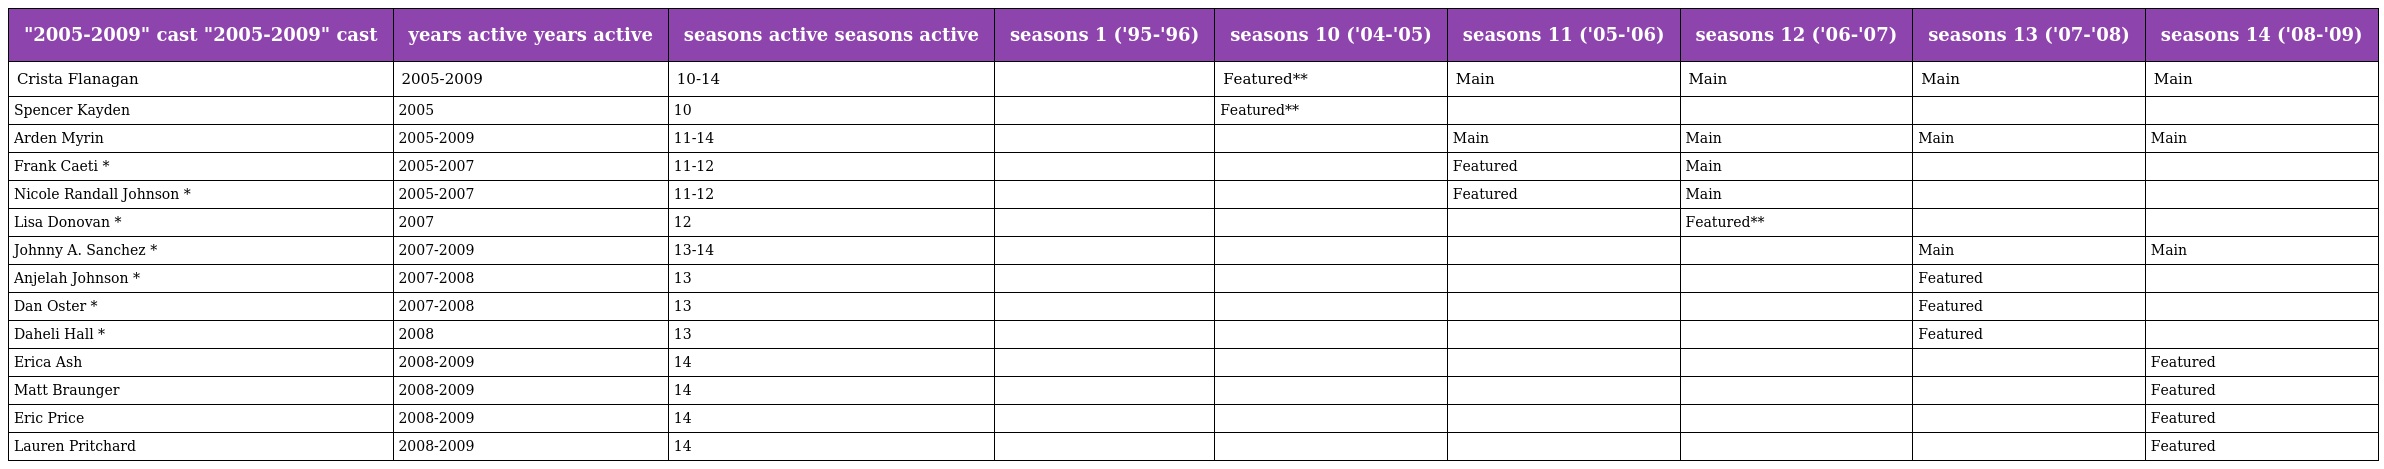
| "2005-2009" cast "2005-2009" cast | years active years active | seasons active seasons active | seasons 1 ('95-'96) | seasons 10 ('04-'05) | seasons 11 ('05-'06) | seasons 12 ('06-'07) | seasons 13 ('07-'08) | seasons 14 ('08-'09) |
 | --- | --- | --- | --- | --- | --- | --- | --- | --- |
 | Crista Flanagan | 2005-2009 | 10-14 |  | Featured** | Main | Main | Main | Main |
 | Spencer Kayden | 2005 | 10 |  | Featured** |  |  |  |  |
 | Arden Myrin | 2005-2009 | 11-14 |  |  | Main | Main | Main | Main |
 | Frank Caeti * | 2005-2007 | 11-12 |  |  | Featured | Main |  |  |
 | Nicole Randall Johnson * | 2005-2007 | 11-12 |  |  | Featured | Main |  |  |
 | Lisa Donovan * | 2007 | 12 |  |  |  | Featured** |  |  |
 | Johnny A. Sanchez * | 2007-2009 | 13-14 |  |  |  |  | Main | Main |
 | Anjelah Johnson * | 2007-2008 | 13 |  |  |  |  | Featured |  |
 | Dan Oster * | 2007-2008 | 13 |  |  |  |  | Featured |  |
 | Daheli Hall * | 2008 | 13 |  |  |  |  | Featured |  |
 | Erica Ash | 2008-2009 | 14 |  |  |  |  |  | Featured |
 | Matt Braunger | 2008-2009 | 14 |  |  |  |  |  | Featured |
 | Eric Price | 2008-2009 | 14 |  |  |  |  |  | Featured |
 | Lauren Pritchard | 2008-2009 | 14 |  |  |  |  |  | Featured |